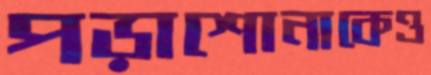
পড়াশোনাকেও